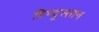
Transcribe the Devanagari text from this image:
हिण्दुस्तान